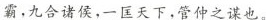
霸，九合诸侯，一匡天下，管仲之谋也。